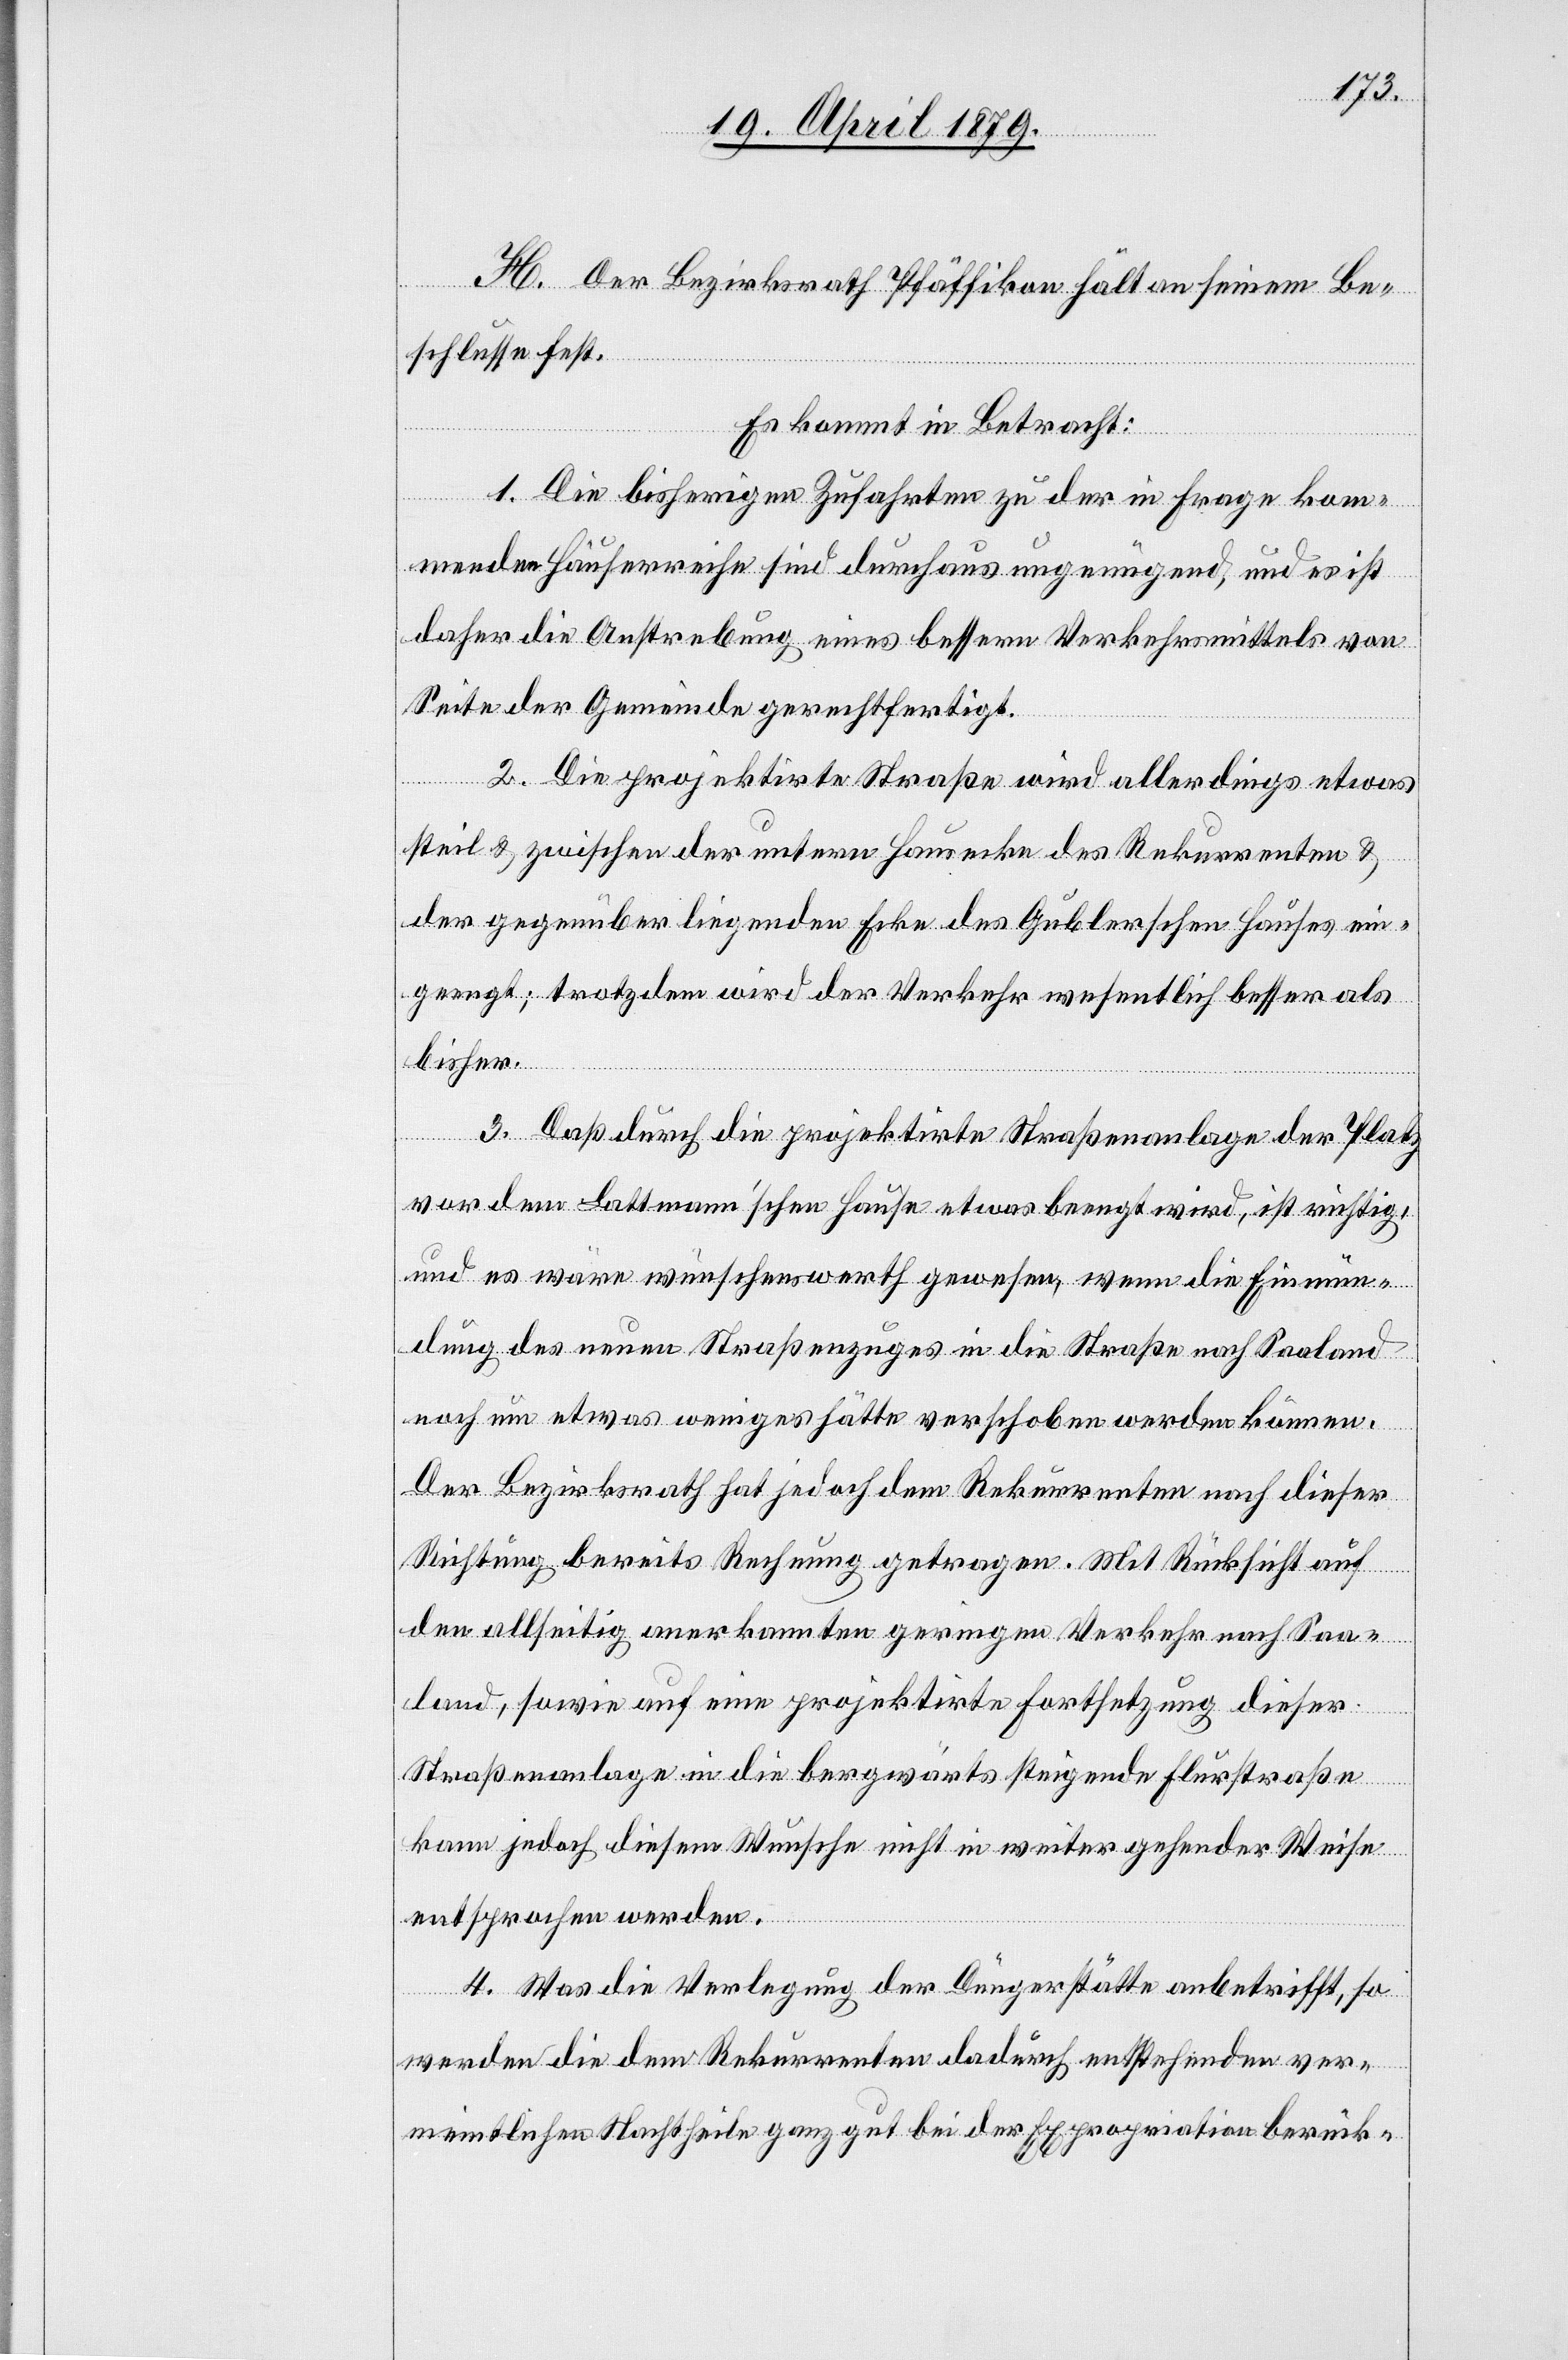
H. Der Bezirksrath Pfäffikon hält an seinem Be¬
schlusse fest.
Es kommt in Betracht:
1. Die bisherigen Zufahrten zu der in Frage kom¬
menden Häuserreihe sind durchaus ungenügend, und es ist
daher die Anstrebung eines bessern Verkehrsmittels von
Seite der Gemeinde gerechtfertigt.
2. Die projektirte Straße wird allerdings etwas
steil & zwischen der untern Hausecke des Rekurrenten &
der gegenüber liegenden Ecke des Gublerschen Hauses ein¬
geengt; trotzdem wird der Verkehr wesentlich besser als
bisher.
3. Daß durch die projektirte Straßenanlage der Platz
vor dem Lattmann’schen Hause etwas beengt wird, ist richtig,
und es wäre wünschenswerth gewesen, wenn die Einmün¬
dung des neuen Straßenzuges in die Straße nach Saaland
noch um etwas weniges hätte verschoben werden können.
Der Bezirksrath hat jedoch dem Rekurrenten nach dieser
Richtung bereits Rechnung getragen. Mit Rücksicht auf
den allseitig anerkannten geringen Verkehr nach Saa¬
land, sowie auf eine projektirte Fortsetzung dieser
Straßenanlage in die bergwärts steigende Flurstraße
kann jedoch diesem Wunsche nicht in weiter gehender Weise
entsprochen werden.
4. Was die Verlegung der Düngerstätte anbetrifft, so
werden die dem Rekurrenten dadurch entstehenden ver¬
meintlichen Nachtheile ganz gut bei der Expropriation berück-